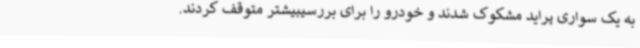
به یک سواری پراید مشکوک شدند و خودرو را برای بررسیبیشتر متوقف کردند.